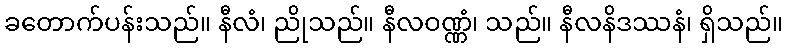
ခတောက်ပန်းသည်။ နီလံ၊ ညိုသည်။ နီလဝဏ္ဏံ၊ သည်။ နီလနိဒဿနံ၊ ရှိသည်။